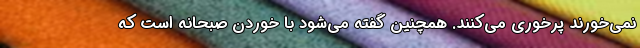
نمی‌خورند پرخوری می‌کنند. همچنین گفته می‌شود با خوردن صبحانه است که